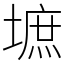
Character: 墌